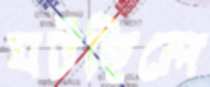
ঘটছিলে